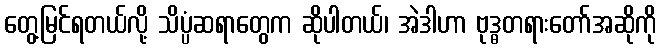
တွေ့မြင်ရတယ်လို့ သိပ္ပံဆရာတွေက ဆိုပါတယ်၊ အဲဒါဟာ ဗုဒ္ဓတရားတော်အဆိုကို